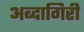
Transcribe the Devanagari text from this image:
अब्दागिरी